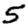
Digit: 5